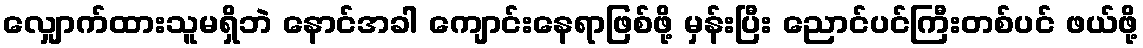
လျှောက်ထားသူမရှိဘဲ နောင်အခါ ကျောင်းနေရာဖြစ်ဖို့ မှန်းပြီး ညောင်ပင်ကြီးတစ်ပင် ဖယ်ဖို့